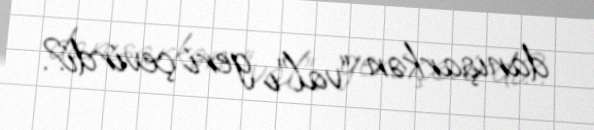
danışarkən “val”ı geri çevirdi?.